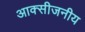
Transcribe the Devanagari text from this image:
आक्सीजनीय